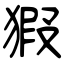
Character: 猳